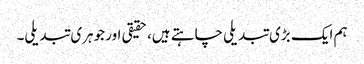
ہم ایک بڑی تبدیلی چاہتے ہیں، حقیقی اور جوہری تبدیلی۔